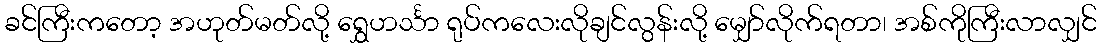
ခင်ကြီးကတော့ အဟုတ်မတ်လို့ ရွှေဟင်္သာ ရုပ်ကလေးလိုချင်လွန်းလို့ မျှော်လိုက်ရတာ၊ အစ်ကိုကြီးလာလျှင်